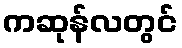
ကဆုန်လတွင်